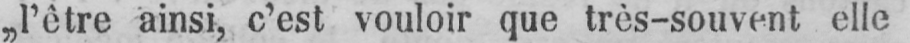
„l’être ainsi, c’est vouloir que très-souvent elle